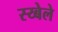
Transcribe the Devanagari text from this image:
स्य्बेले